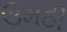
ઉમઠી